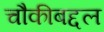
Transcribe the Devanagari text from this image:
चौकीबद्दल